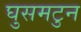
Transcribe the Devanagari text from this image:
घुसमटुन